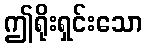
ဤရိုးရှင်းသော